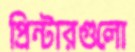
প্রিন্টারগুলো